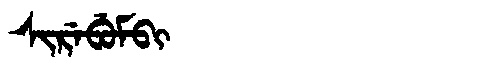
Manchu: ᠰᡳᡵᡝᠪᡠᠮᠪᡳ
Romanization: SIREBUMBI